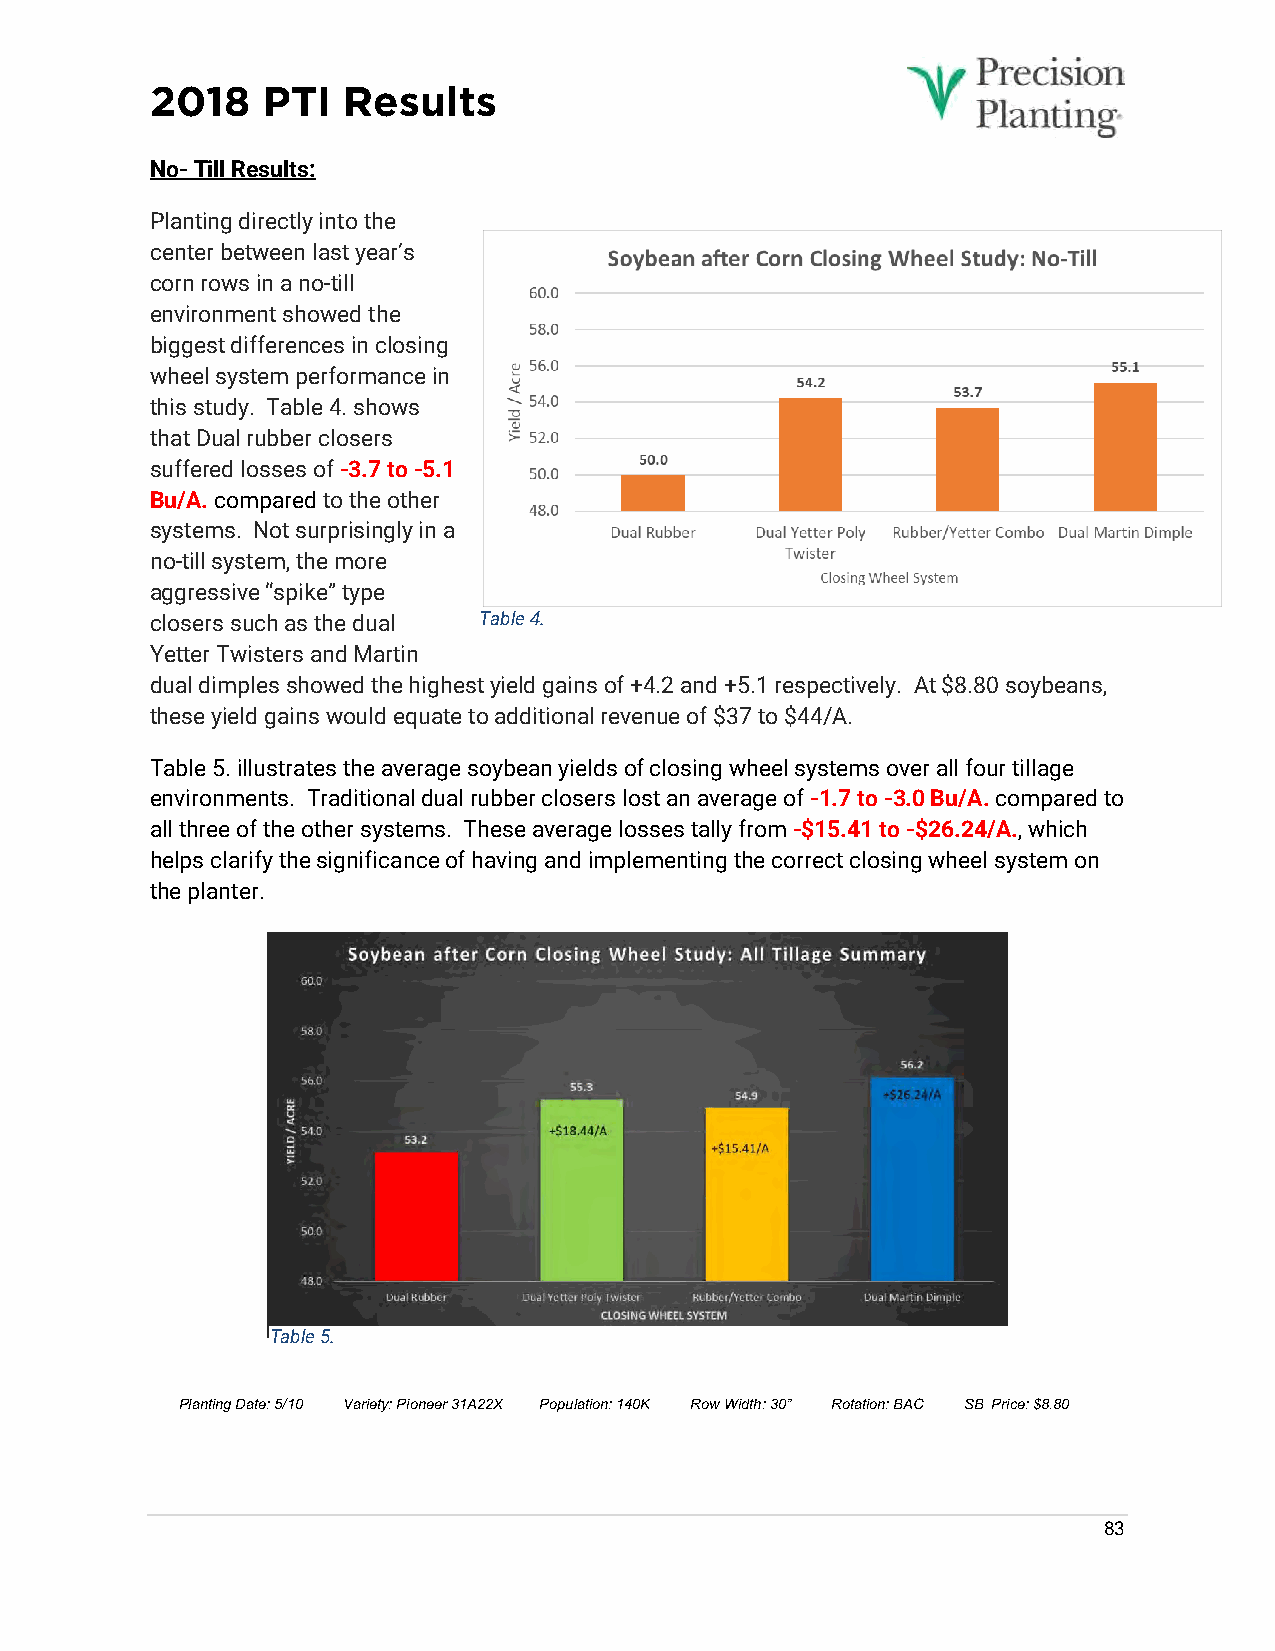
2018   PTI   Results
 No- Till Results:
 Planting directly into the
 center between last year’s
 corn rows in a no-till
 environment showed the
 biggest differences in closing
 wheel system performance in
 this study. Table 4. shows
 that Dual rubber closers
 suffered losses of -3.7 to -5.1
 Bu/A. compared to the other
 systems. Not surprisingly in a
 no-till system, the more
 aggressive “spike” type
 closers such as the dual Table 4.
 Yetter Twisters and Martin
 dual dimples showed the highest yield gains of +4.2 and +5.1 respectively. At $8.80 soybeans,
 these yield gains would equate to additional revenue of $37 to $44/A.
 Table 5. illustrates the average soybean yields of closing wheel systems over all four tillage
 environments. Traditional dual rubber closers lost an average of -1.7 to -3.0 Bu/A. compared to
 all three of the other systems. These average losses tally from -$15.41 to -$26.24/A., which
 helps clarify the significance of having and implementing the correct closing wheel system on
 the planter.
 Table 5.
 Planting Date: 5/10 Variety: Pioneer 31A22X Population: 140K Row Width: 30” Rotation: BAC SB Price: $8.80
 83